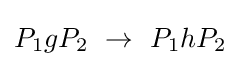
P_{1}gP_{2}\ \rightarrow \ P_{1}hP_{2}